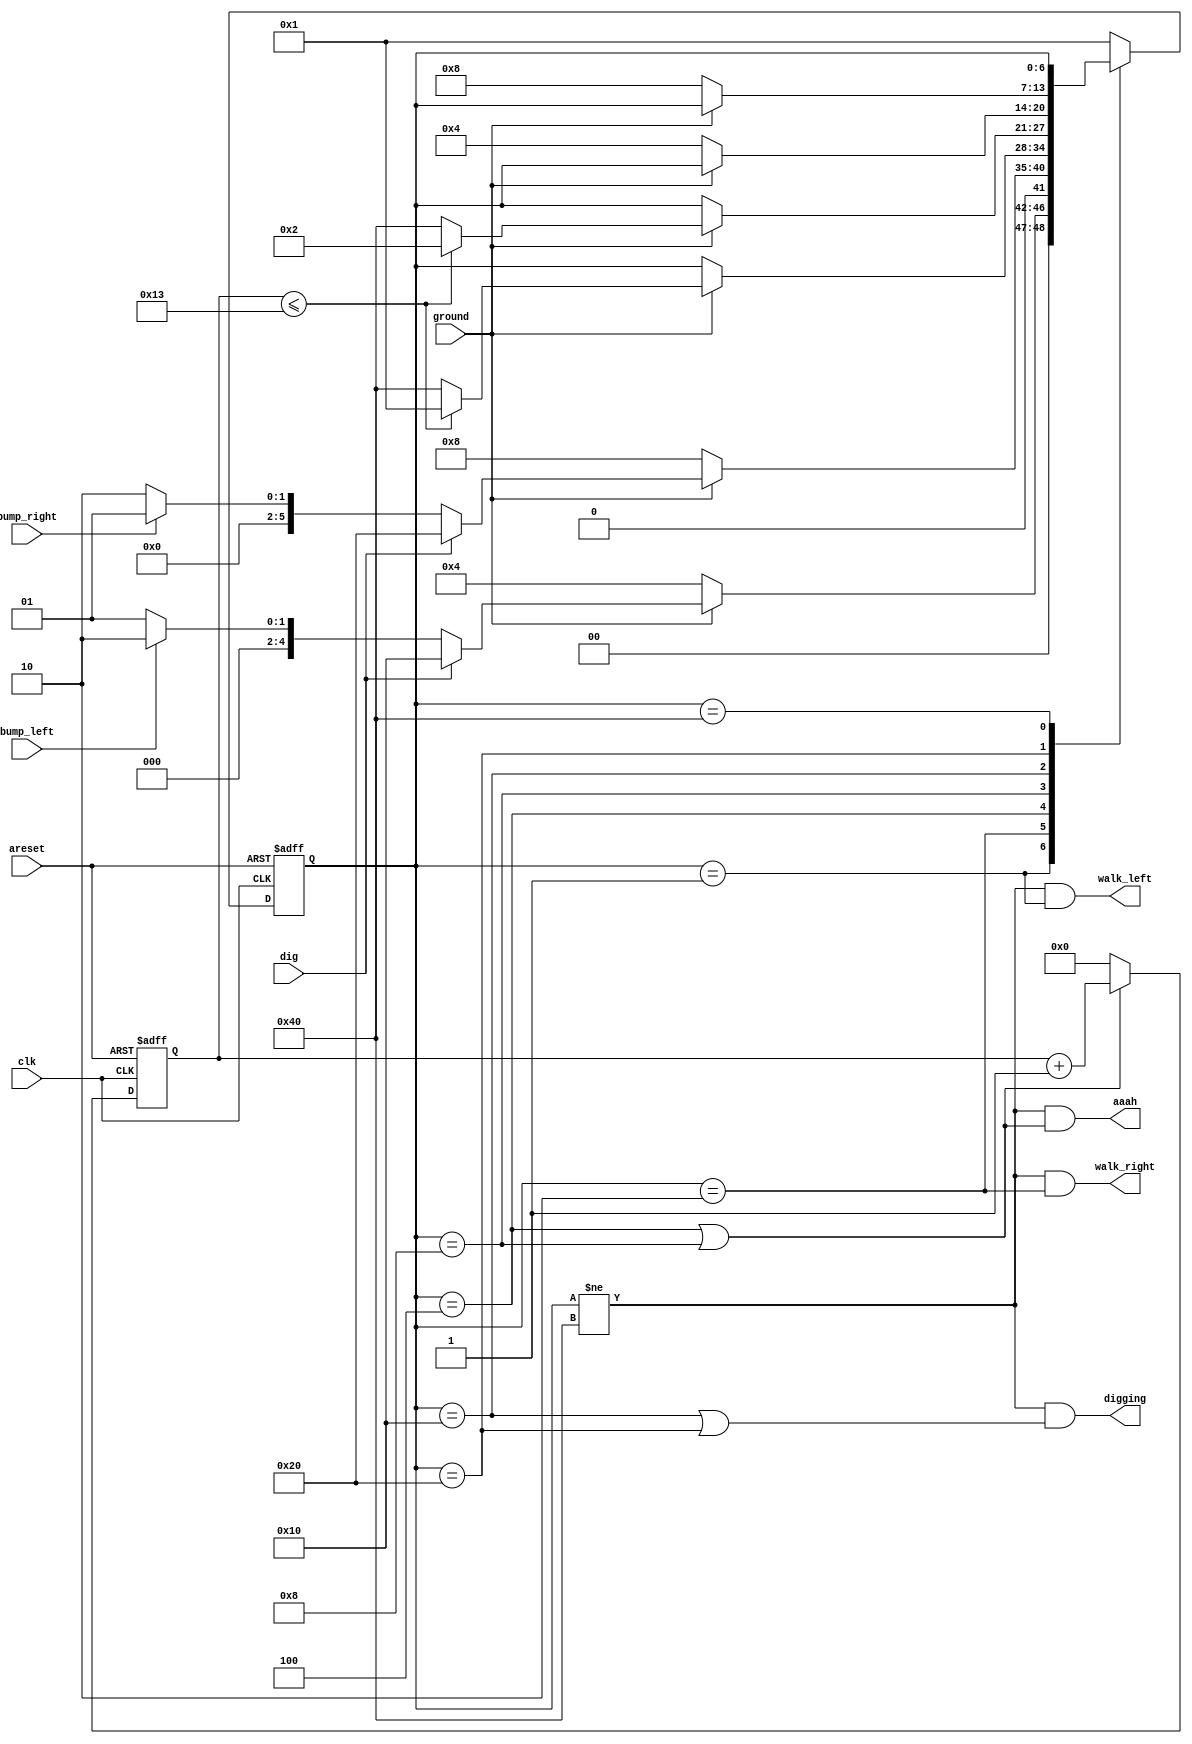
// +FHDR----------------------------------------------------------------------------
// 
//                
// ---------------------------------------------------------------------------------
// Filename      : lemmings4
// ---------------------------------------------------------------------------------
// Description   : lemmings game 
//
//
// -FHDR----------------------------------------------------------------------------
module top_module(
    input clk,
    input areset,    // Freshly brainwashed Lemmings walk left.
    input bump_left,
    input bump_right,
    input ground,
    input dig,
    output walk_left,
    output walk_right,
    output aaah,
    output digging ); 
    
    parameter   LEFT      = 7'b0000001,
                RIGHT     = 7'b0000010,
                LEFT_FALL = 7'b0000100,
                RIGHT_FALL= 7'b0001000,
                LEFT_DIG  = 7'b0010000,
                RIGHT_DIG = 7'b0100000,
                DEATH     = 7'b1000000;

    parameter DEATH_TIME = 8'd19;
    reg[6:0] state,next_state;
    reg[8:0] count_time;
    always @(posedge clk or posedge areset) begin
        if(areset)   count_time<=8'd0;
        else 
            if(state==LEFT_FALL |state==RIGHT_FALL)
                count_time<=count_time+8'd1;
            else  count_time<=8'd0;
    end
    always @(*) begin
        case(state)
            LEFT:
                if(ground)
                    next_state=dig?LEFT_DIG:(bump_left?RIGHT:LEFT);
                else
                    next_state=LEFT_FALL;
            RIGHT:
                if(ground)
                    next_state=dig?RIGHT_DIG:(bump_right?LEFT:RIGHT);
                else
                    next_state=RIGHT_FALL;
            LEFT_FALL:
                if(ground)
                    if(count_time<=DEATH_TIME)
                        next_state=LEFT;
                    else 
                        next_state=DEATH;
                else
                    next_state=state;
            RIGHT_FALL:
                if(ground)
                    if(count_time<=DEATH_TIME)
                        next_state=RIGHT;
                    else 
                        next_state=DEATH;
                else
                    next_state=state;
            LEFT_DIG:
                if(ground)
                    next_state=state;
                else
                    next_state=LEFT_FALL;
            RIGHT_DIG:
                if(ground)
                    next_state=state;
                else
                    next_state=RIGHT_FALL;
            DEATH:
                    next_state=state;
            default:
                    next_state=LEFT;
        endcase
    end
    always @(posedge clk or posedge areset) begin
        if(areset)   state<=LEFT;
        else         state<=next_state;
    end
    
    assign walk_left =(state!=DEATH)&(state==LEFT);
        assign walk_right=(state!=DEATH)&(state==RIGHT);
        assign aaah      =(state!=DEATH)&(state==LEFT_FALL|state==RIGHT_FALL);
        assign digging   =(state!=DEATH)&(state==LEFT_DIG|state==RIGHT_DIG);

endmodule